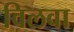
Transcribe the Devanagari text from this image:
विलवा